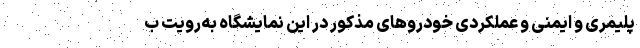
پلیمری و ایمنی و عملکردی خودروهای مذکور در این نمایشگاه به‌رویت ب